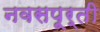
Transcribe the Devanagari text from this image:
नवसपूर्ती